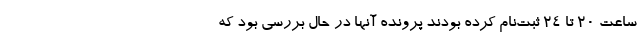
ساعت ۲۰ تا ۲۴ ثبت‌نام کرده بودند پرونده آنها در حال بررسی بود که